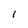
Character: l